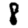
Digit: 8